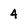
Character: 4